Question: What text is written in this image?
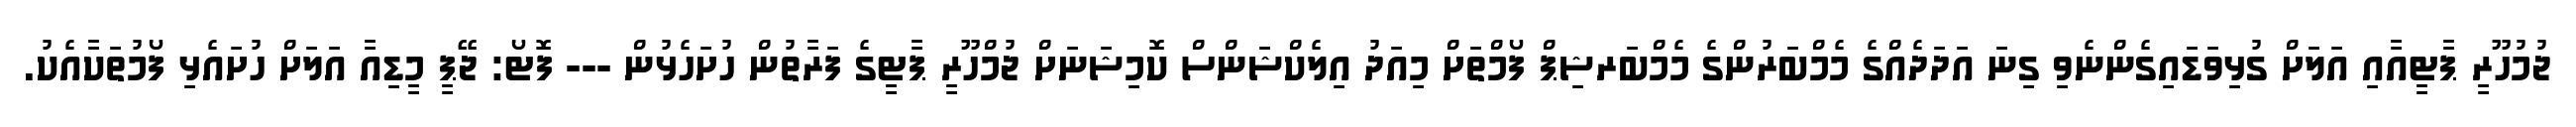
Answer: ޖުމުހޫރީ ޕާޓީއާއި އަލަށް ގުޅިވަޑައިގެންނެވި ގިނަ އަދަދެއްގެ މެމްބަރުންގެ މެމްބަރޝިޕް ފޯމްތަށް މިއަދު އިލެކްޝަންސް ކޮމިޝަނަށް ޖުމްހޫރީ ޕާޓީގެ ފަރާތުން ހުށަހެޅުން --- ފޮޓޯ: ޖޭޕީ މީޑިއާ އަލަށް ހުށައެޅި ފޯމުތަކާއެކު.